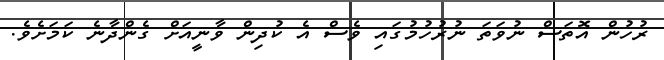
ރުހުން އޮތަސް ނުވަތަ ނުރުހުމުގައި ވެސް އެ ކުދިން ވާނީއަށް ގެންދާނެ ކަމަށެވެ.